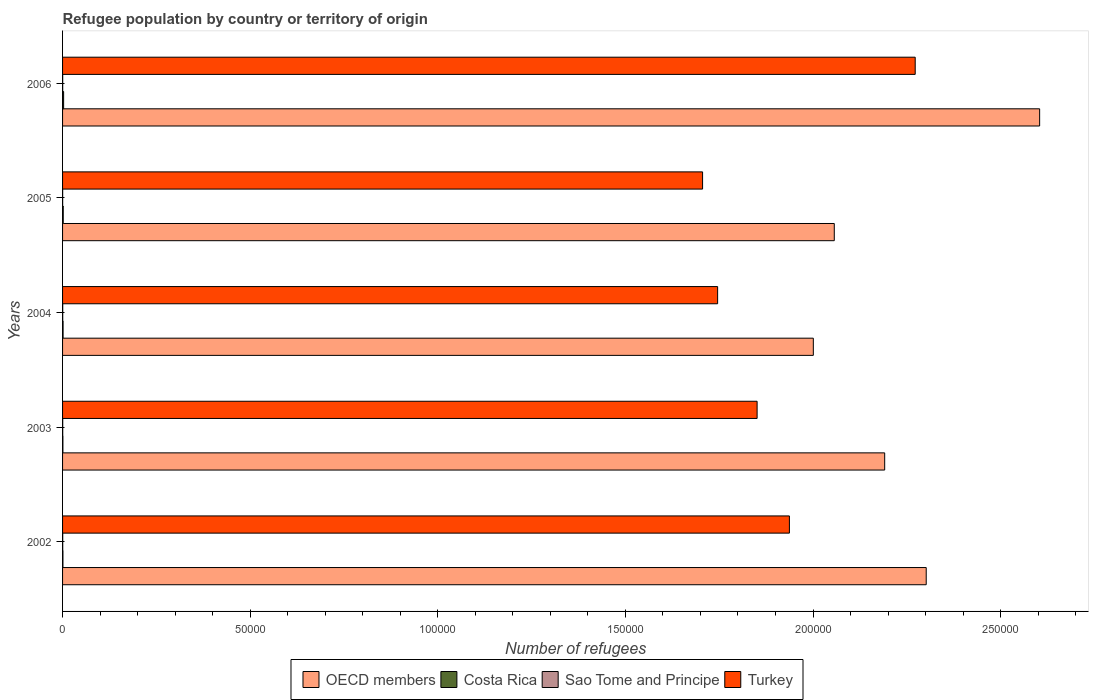
| Years | OECD members | Costa Rica | Sao Tome and Principe | Turkey |
 | --- | --- | --- | --- | --- |
 | 2002 | 2.3e+05 | 98 | 39 | 1.94e+05 |
 | 2003 | 2.19e+05 | 92 | 42 | 1.85e+05 |
 | 2004 | 2e+05 | 138 | 39 | 1.75e+05 |
 | 2005 | 2.06e+05 | 178 | 24 | 1.71e+05 |
 | 2006 | 2.6e+05 | 284 | 32 | 2.27e+05 |